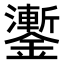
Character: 𨮜